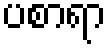
ပစာရာ